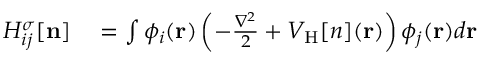
\begin{array} { r l } { H _ { i j } ^ { \sigma } [ { \bf n } ] } & { { } = \int \phi _ { i } ( { \bf r } ) \left( - \frac { \nabla ^ { 2 } } { 2 } + V _ { \mathrm { H } } [ n ] ( { \bf r } ) \right) \phi _ { j } ( { \bf r } ) d { \bf r } } \end{array}